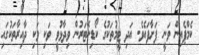
ކެމްޕެއިން ވަނީ ފަށާފައެވެ. އަދި ޓީމުތަކުގެ ކޯޑިނޭޓަރުން ވިދާޅުވީ ވަކި ވަކި ދާއިރާތަކުގައި